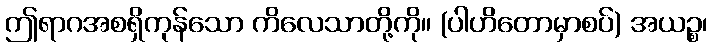
ဤရာဂအစရှိကုန်သော ကိလေသာတို့ကို။ (ပါဟိတောမှာစပ်) အယဉ္စ၊